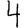
Digit: 4